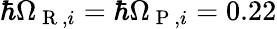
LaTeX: \hbar\Omega_{\mathrm{~R~},i}=\hbar\Omega_{\mathrm{~P~},i}=0.22